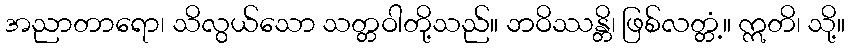
အညာတာရော၊ သိလွယ်သော သတ္တဝါတို့သည်။ ဘဝိဿန္တိ၊ ဖြစ်လတ္တံ့။ ဣတိ၊ သို့။